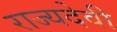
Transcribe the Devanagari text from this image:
राज्यदेवी